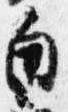
白